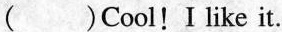
( )Cool！Ilike it.